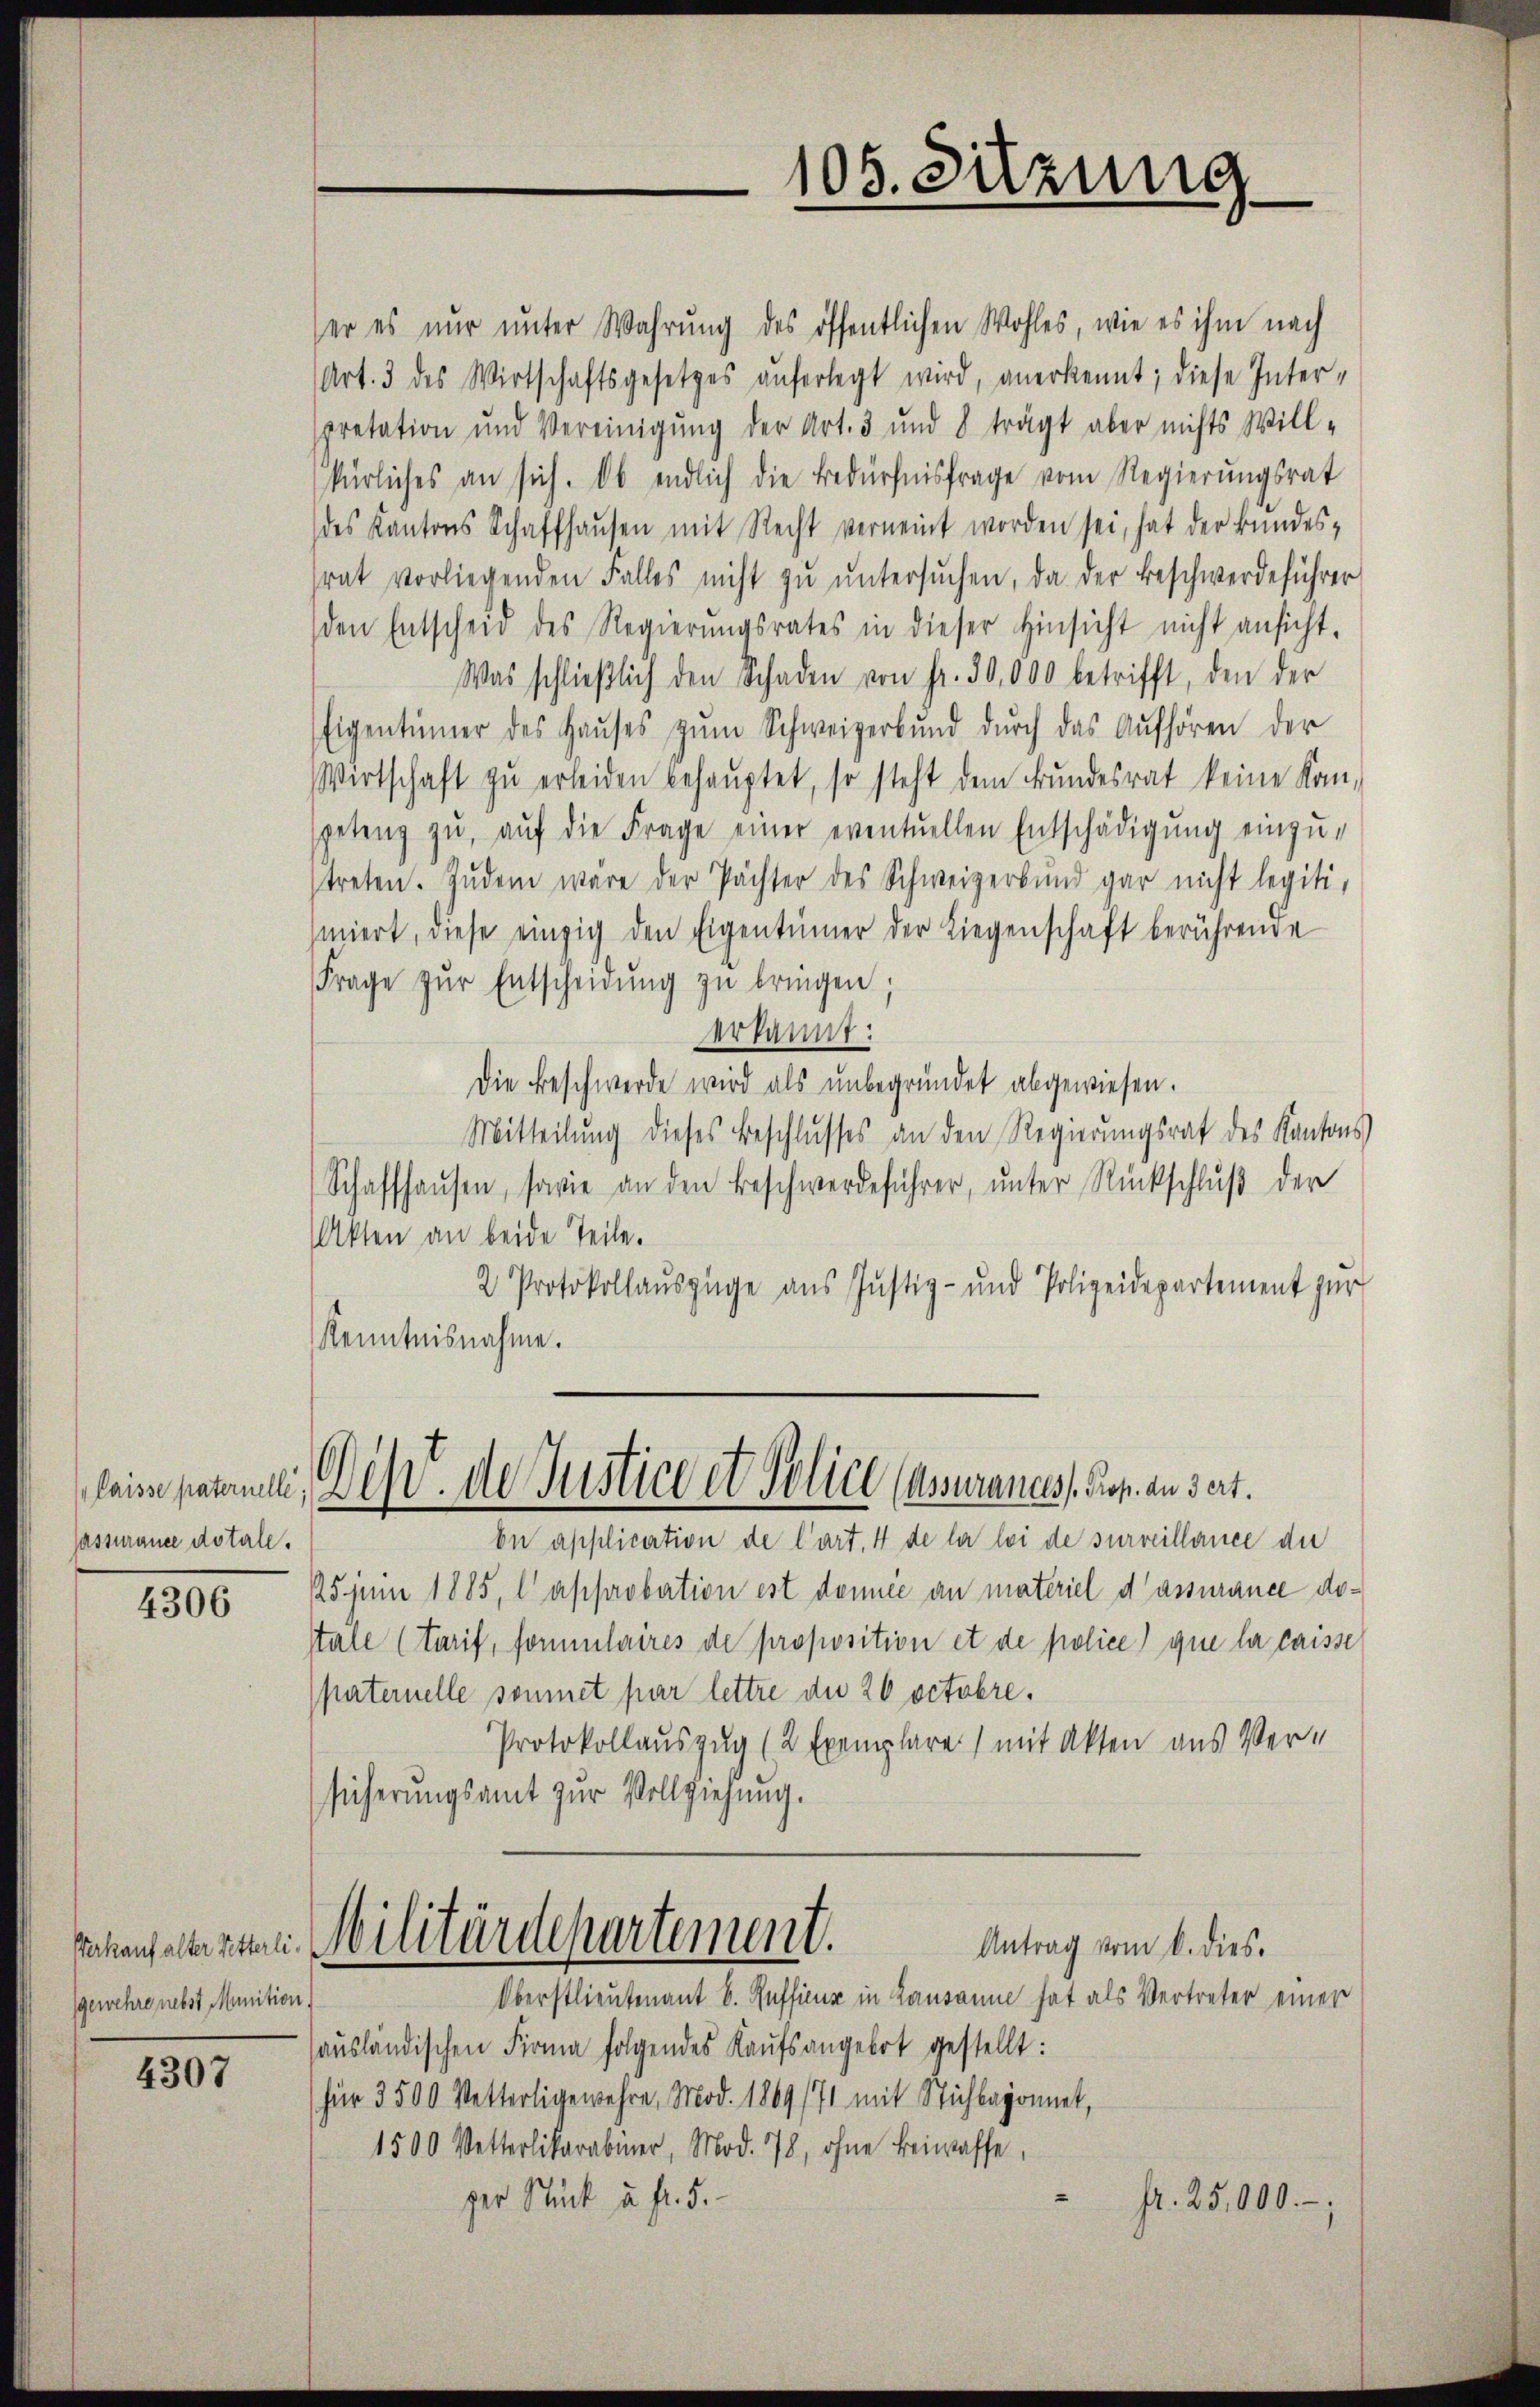
Jassurance dotale.

4306

gewehre nebst Munition

4307

leise petamali, es de Justice et Police (Mssurances, Prop. an dert.

er es nur unter Wahrung des öffentlichen Wohles, wie es ihm nach
Art. 3 des Wirtschaftsgesetzes aŭferlegt wird, anerkennt; diese Inter-
pretation und Vereinigung der Art. 3 und 8 trägt aber nichts Will-
kürliches an sich. Ob endlich die Bedürfnisfrage vom Regierungsrat
des Kantons Schaffhaŭsen mit Recht verneint worden sei, hat der Bŭndes-
srat vorliegenden Falles nicht zŭ ŭntersŭchen, da der Beschwerdeführer
(den Entscheid des Regierŭngsrates in dieser Hinsicht nicht ansicht-
Was schlieβlich den Schaden von Fr. 30,000 betrifft, den der
Eigentümer des Haŭses zŭm Schweizerbŭnd durch das Aŭfhören der
Wertschaft zŭ erleiden behauptet, so steht dem Bundesrat keine Kon-
spetenz zŭ, aŭf die Frage einer eventuellen Entschädigŭng einzŭ-
treten. Zŭdem wäre der Pächter des Schweizerbŭnd gar nicht legiti-
siiert, diese einzig den Eigentümer der Liegenschaft berührende
Frage zŭr Entscheinŭng zŭ bringen;
erkannt:
Die Beschwerde wird als unbegründet abgewiesen.
Mitteilung dieses Beschlusses an den Regierungsrat des Kantons
Schaffhausen, sowie an den Beschwerdeführer, unter Rückschluß der
Akten an beide Teile.
2 Protokollauszüge aus Justiz- und Polizeidepartement zur
Kenntnisnahme.

bn application de Cart. 4 de la loi de surveillance der
125 in 1885, l approbation est damnée an materiel d’assurance dostale (tarif, fommlaires de proposition et de police que la caisse
paternelle sommet par lettre die 20 octobre.
Protokollauszug (2 Exemplare) mit Akten aus Versicherungsamt zur Vollziehung.
sackenhaltenten Militärdepartement.
Antrag vom 6. dies.
Oberstlieutenant b. Reffieur in Lausanne hat als Vertreter einer
hausländischen Firma folgendes Kaufsangebot gestellt:
für 3500 Vetterligewehre, Mod. 1869 (71 mit Stichbegonnet,
1500 Vetterlikarabiner, Mod. 78, ohne Beiwaffe,
ger Stück u. fr. 5.
fr. 25,000.-,

105. Sitzung